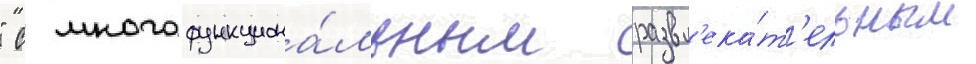
" с многофункциона́льным развл'ека́т'ельным